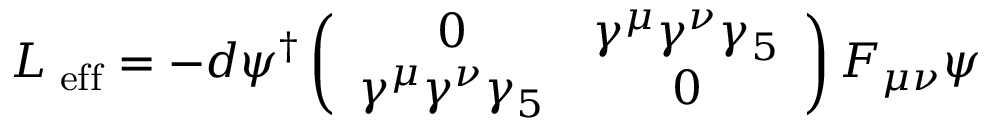
{ \cal L } _ { \mathrm { \scriptsize ~ e f f } } = - d \psi ^ { \dagger } \left( \begin{array} { c c } { { 0 } } & { { \gamma ^ { \mu } \gamma ^ { \nu } \gamma _ { 5 } } } \\ { { \gamma ^ { \mu } \gamma ^ { \nu } \gamma _ { 5 } } } & { { 0 } } \end{array} \right) F _ { \mu \nu } \psi